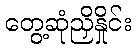
တွေ့ဆုံညှိနှိုင်း